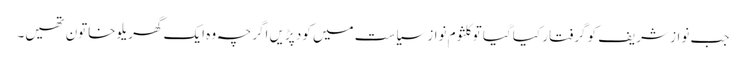
جب نواز شریف کو گرفتار کیا گیا تو کلثوم نواز سیاست میں کود پڑیں اگرچہ وہ ایک گھریلو خاتون تھیں۔